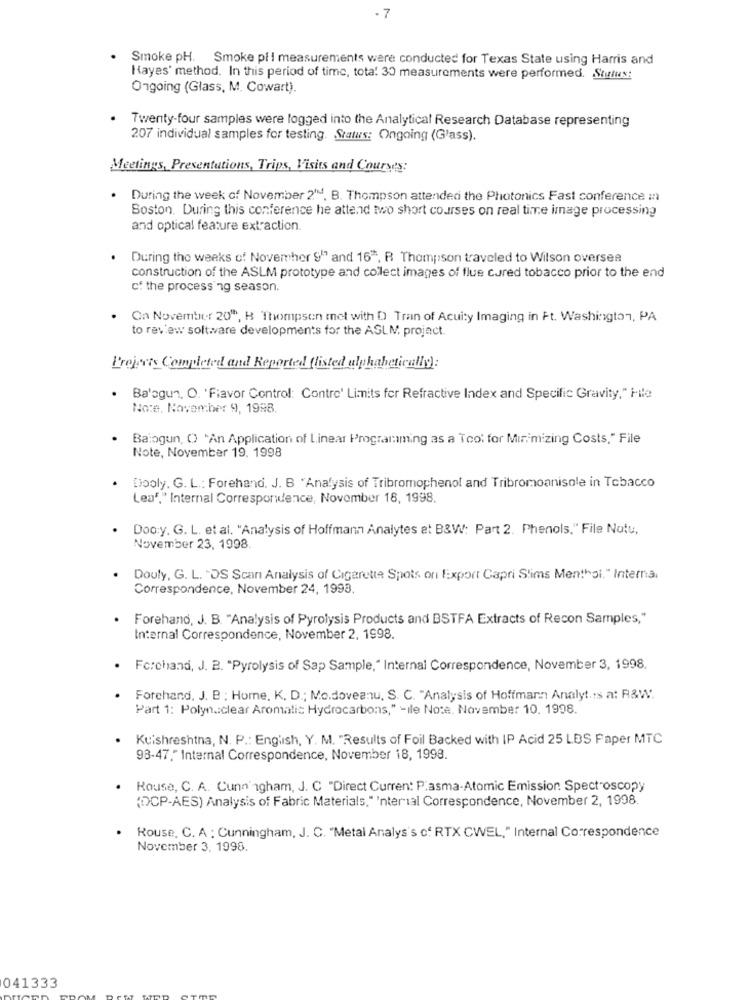
- 7
. Smoke pH. Smoke pil measurements were conducted for Texas State using Harris and
Hayes method. In this period of time, total 30 measurements were performed. Status:
Ongoing (Glass, M. Cowart)
Twenty-four samples were logged into the Analytical Research Database representing
207 individual samples for testing. Status: Ongoing (Glass).
Meetings, Presentations, Trips, Visits and Courses:
During the week of November 2MM. B. Thompson attended the Photonics Fast conference in
Boston. During this conference he attend two short courses on real time image processing
and optical feature extraction.
During the weeks of November 9"" and 16", R Thompson traveled to Wilson oversea
construction of the ASLM prototype and collect images of flue cured tobacco prior to the end
cf the processing season.
On November 20", B Thompson met with D Tran of Acuity Imaging in Ft. Washington, PA
to review software developments for the ASLM, project.
Projects Completed and Reported (listed alphabetically):
Ba'sgun. O. 'Flavor Control: Contre' Limits for Refractive Index and Specific Gravity," Hle
No:e. November 9, 1998.
Balogun, C "An Application of Linear Programming as a Tool for Minimizing Costs," File
Note, November 19. 1998
Dooly. G. L .: Forehand. J. B "Analysis of Tribromophenol and Tribromoanisole in Tobacco
Lea"," Internal Correspondence, November 16, 1998.
Doo:y. G. L. et al. "Analysis of Hoffmann Analytes at B&W: Part 2. Phenols." File Notu,
November 23, 1998.
Douly, G. L. "DS Scar Analysis of Cigarette Spots on Export Capri Slims Menthol." Interna.
Correspondence, November 24, 1993.
Forehand, J. B. "Analysis of Pyrolysis Products and BSTFA Extracts of Recon Samples,"
Internal Correspondence, November 2, 1998.
· Forehand, J. B. "Pyrolysis of Sap Sample," Internal Correspondence, November 3, 1998.
Forehand, J. B : Home. K. D .; Mo.doveanu, S. C. "Analysis of Hoffmann Analyt .: s a: R&W.
Part 1: Polyn .: clear Aromatic Hydrocarbons," -ile Note. November 10. 1998.
Kuishreshtna, N. P .: English, Y. M. "Results of Foil Backed with IP Acid 25 LBS Faper MTC
98-47." Internal Correspondence, November 18, 1998.
Rouse, C. A. Cunningham, J. C "Direct Current Pasma-Atomic Emission Spectroscopy
(DCP-AES) Analysis of Fabric Materials," 'nterial Correspondence, November 2, 1998.
Rouse, C. A : Cunningham, J. C. "Metal Analys's of RTX CWEL," Internal Correspondence
November 3, 1998.
041333